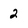
Character: 2